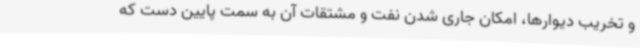
و تخریب دیوارها، امکان جاری شدن نفت و مشتقات آن به سمت پایین دست که